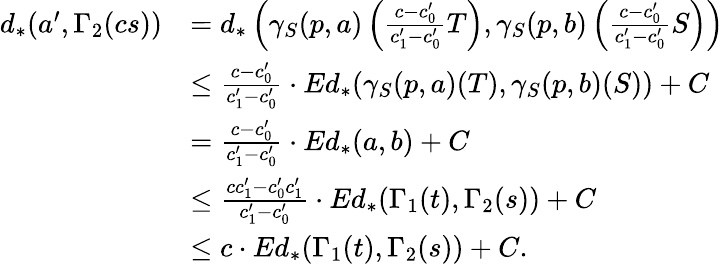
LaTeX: \begin{array}{rl}{d_{*}(a^{\prime},\Gamma_{2}(cs))}&{=d_{*}\left(\gamma_{S}(p,a)\left(\frac{c-c_{0}^{\prime}}{c_{1}^{\prime}-c_{0}^{\prime}}T\right),\gamma_{S}(p,b)\left(\frac{c-c_{0}^{\prime}}{c_{1}^{\prime}-c_{0}^{\prime}}S\right)\right)}\\ &{\leq\frac{c-c_{0}^{\prime}}{c_{1}^{\prime}-c_{0}^{\prime}}\cdot Ed_{*}(\gamma_{S}(p,a)(T),\gamma_{S}(p,b)(S))+C}\\ &{=\frac{c-c_{0}^{\prime}}{c_{1}^{\prime}-c_{0}^{\prime}}\cdot Ed_{*}(a,b)+C}\\ &{\leq\frac{cc_{1}^{\prime}-c_{0}^{\prime}c_{1}^{\prime}}{c_{1}^{\prime}-c_{0}^{\prime}}\cdot Ed_{*}(\Gamma_{1}(t),\Gamma_{2}(s))+C}\\ &{\leq c\cdot Ed_{*}(\Gamma_{1}(t),\Gamma_{2}(s))+C.}\end{array}